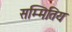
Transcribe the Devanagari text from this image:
सम्मितिय